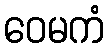
ဝေမကံ